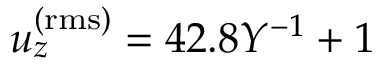
u _ { z } ^ { \mathrm { ( r m s ) } } = 4 2 . 8 Y ^ { - 1 } + 1